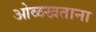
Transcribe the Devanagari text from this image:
ओळखताना